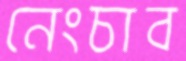
নেংচাব